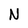
Character: N